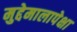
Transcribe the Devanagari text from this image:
मुद्देमालापेक्षा